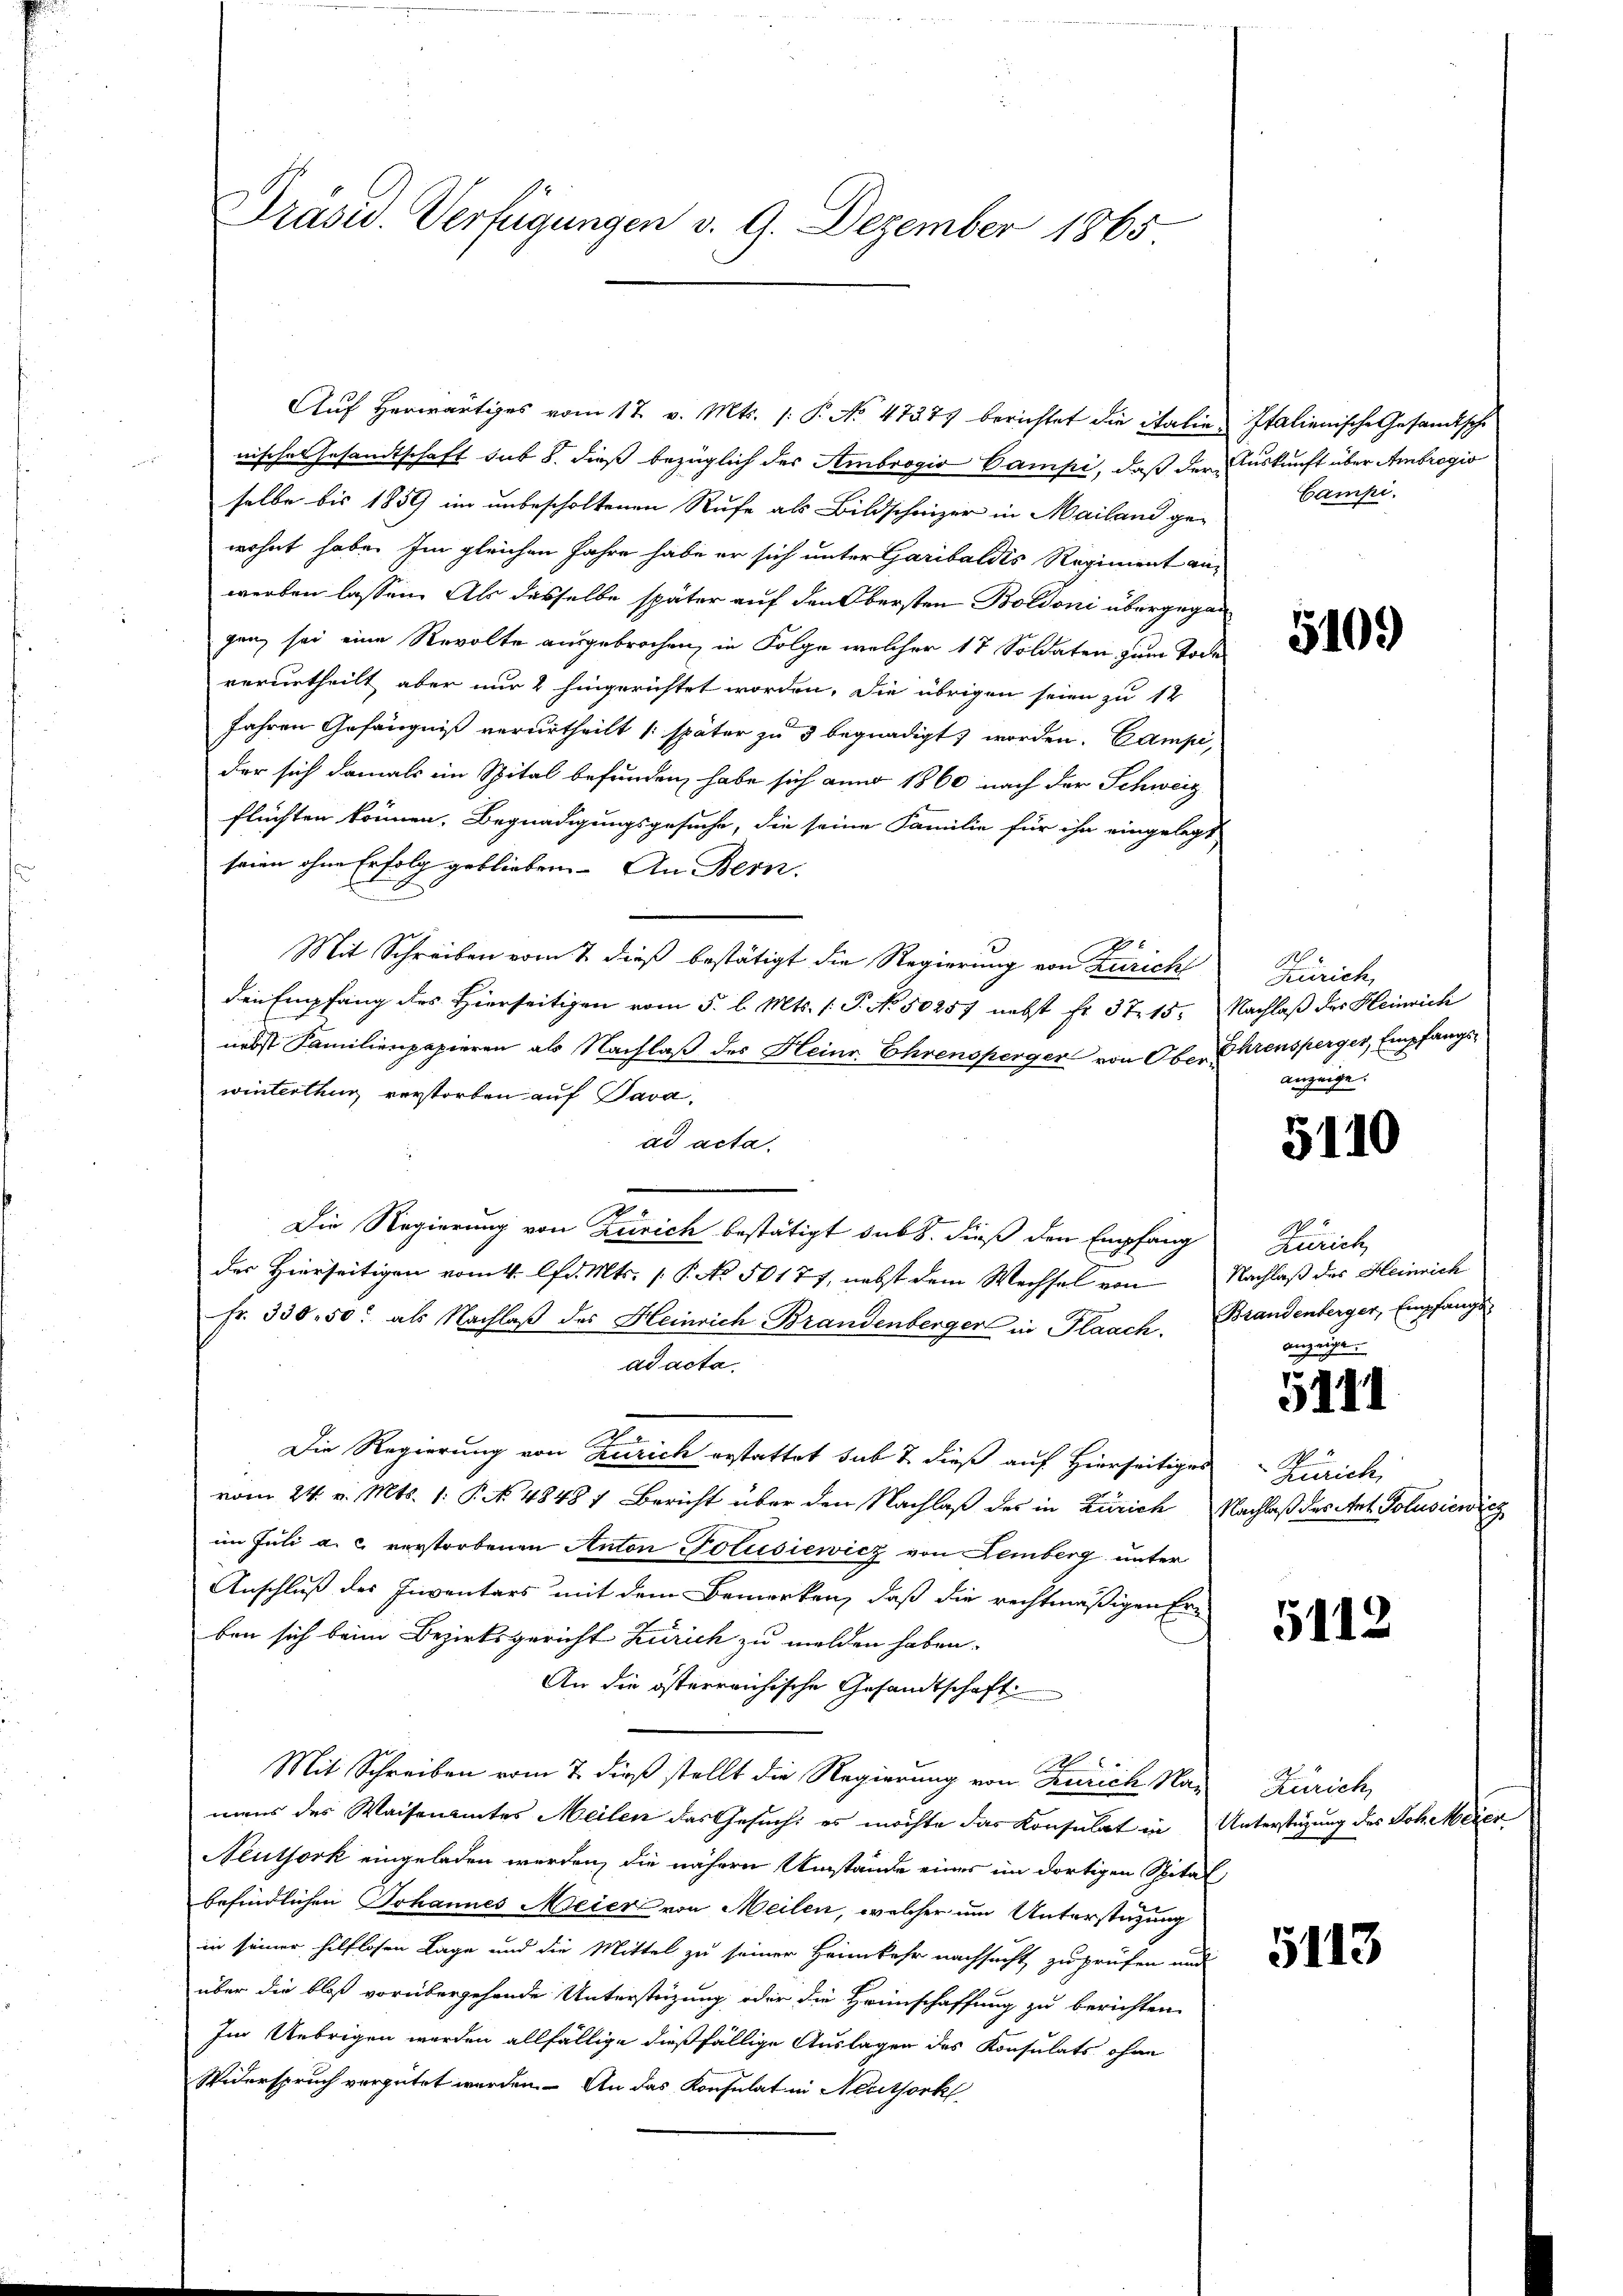
Präsid. Verfügungen v. 9. Dezember 1865

nisches Gesandtschaft sub 8. dieß bezüglich der Ambrogio Campi, daß der Auskunft über Ambrogio
selbe bis 1859 im unbescholtenen Rufe als Bildschaizer in Mailand gewohnt habe. Im gleichen Jahre habe er sich unter Garibaldis Regiment ain
werben lassen. Als desselbe später auf den Obersten Boldoni übergegan
ganz sei eine Revolte ausgebrochen, in Folge welcher 17 Soldaten zum Todes
verurtheilt aber nur 2 hingerichtet worden. Die übrigen seien zu 12
Jahren Gefängniß verurtheilt später zu 3 begnadigt worden. Campi,
der sich damals im Spital befunden, habe sich anno 1860 nach der Schweiz
flüchten können. Begnadigungsgesuche, die seine Familie für ihn eingelegt
seien ohne Erfolg geblieben. An Bern.
A
x
Mit Schreiben vom 7. dieß bestätigt die Regierung von Züricht
den Empfang des Hierseitigen vom 5. l. Mts. (: P. No. 50257 nebst fr. 3715. Nachlaß der Heinrich
nebst Familienpapieren als Nachlaß des Heinr. Ehrensperger von Ober Ehrensperger, Empfangswinterthun verstorben auf Java,
ad acta.
2
Die Regierung von Zürich bestätigt sub. dieß den Empfang
der Hierseitigen vom 4. lfd. Mts. (: P. No. 50177, nebst dem Wechsel von Nachlaß des Heinrich
Fr. 330. 50. als Nachlaß des Heinrich Brandenberger in Flaach. Brandenberger, Empfangs
ad acta.
u
Die Regierung von Zürich erstattet sub 7 dieß auf Hierseitiges Zürich,
vom 24. v. Mts. 1. P. No 4848 7 Bericht über den Nachlaß des in Zürich Nachlaß des Ant. Polusiewicz
im Juli a. c. verstorbenen Anton Polusiewicz von Lemberg unter
Anschluß des Inventars mit dem Bemerken, daß die rechtmäßigen Er-
ben sich beim Bezirksgericht Zürich zu melden haben.
An die österreichische Gesandtschaft
Mit Schreiben vom 7. dieß stellt die Regierung von Zürich Na- Zürich,
mens des Waisenamtes Meilen das Gesuch, es möchte das Konsulat in Unterstüzung des Joh. Meier
Neuthork eingeladen werden, die nähere Umstände einer im dortigen Spital
befindlichen Johannes Meier von Meilen, welcher um Unterstützung
in seiner hilflosen Lage und die Mittel zu seiner Heimkehr nachsucht zu prüfen und
über die bloß vorübergehende Unterstüzung oder die Heimschaffung zu berichten,
Im Uebrigen werden allfällige dießfällige Auslagen des Konsulats ohne
Widerspruch vergütet werden. An das Konsulat in Neuthork

Auf herwärtiges vom 17. v. Mts. /: P. No. 4737 berichtet die Italie Italienische Gesandtsche

Campi.

5109

Zürich,
anzeige.

5110

Zürich
anzeige.

5111

5112

5113